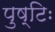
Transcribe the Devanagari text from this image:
पुष्टिः